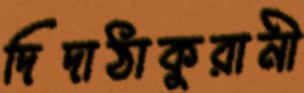
দিদাঠাকুরানী